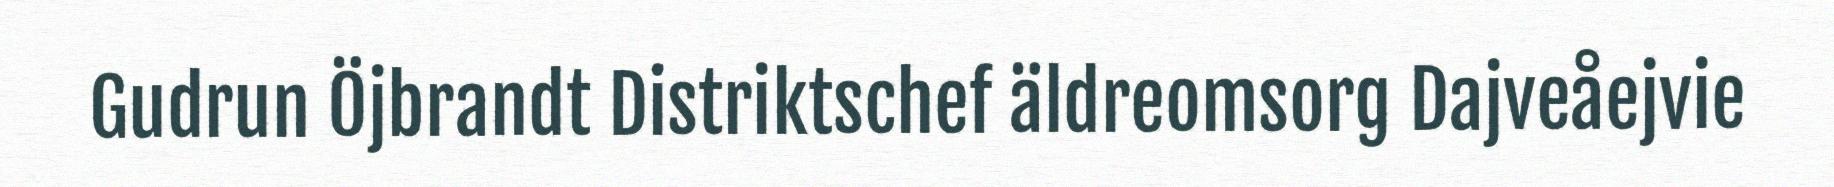
Gudrun Öjbrandt Distriktschef äldreomsorg Dajveåejvie